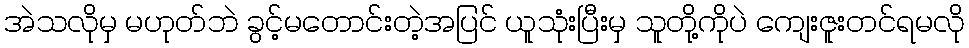
အဲသလိုမှ မဟုတ်ဘဲ ခွင့်မတောင်းတဲ့အပြင် ယူသုံးပြီးမှ သူတို့ကိုပဲ ကျေးဇူးတင်ရမလို